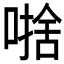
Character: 𱔄